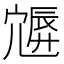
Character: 𡪮